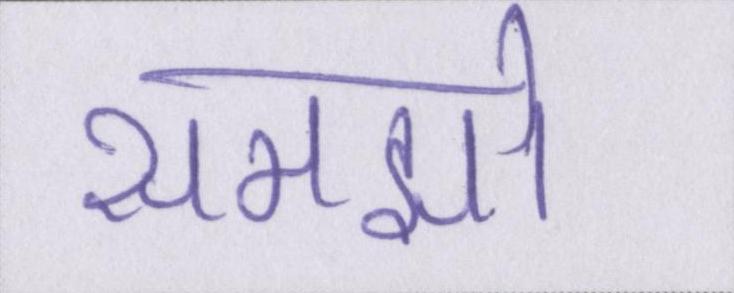
समझो